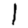
Digit: 1